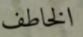
الخاطف